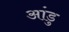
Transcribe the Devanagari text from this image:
आंडु